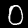
Digit: 0